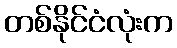
တစ်နိုင်ငံလုံးက